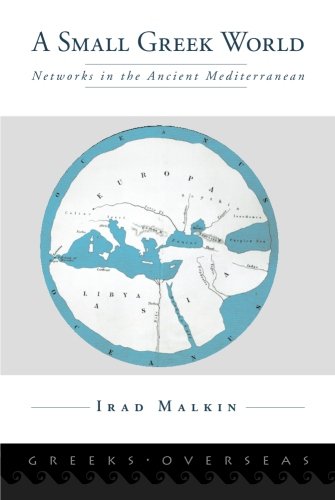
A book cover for A Small Greek World: Networks in the Ancient Mediterranean (Greeks Overseas); Irad Malkin; Literature & Fiction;